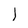
Character: I